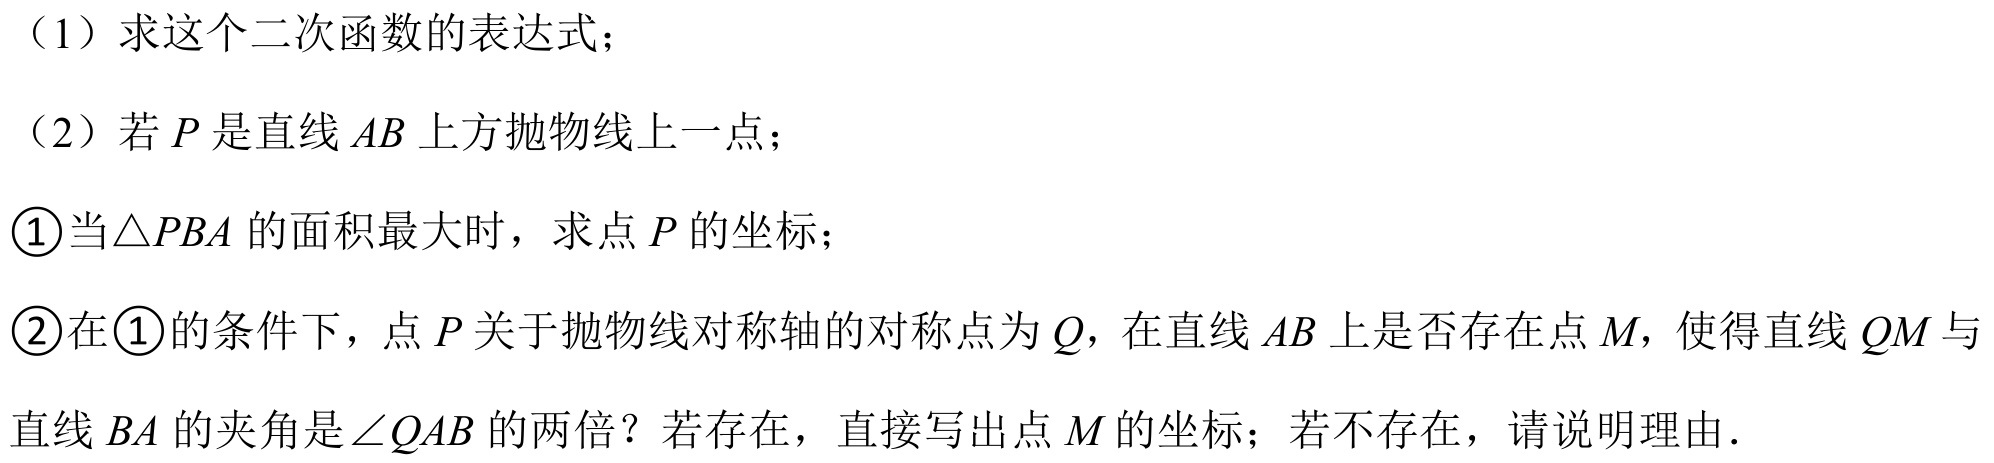
（1）求这个二次函数的表达式；
（2）若\(P\)是直线\(AB\)上方抛物线上一点；
\textcircled{1}当\(\triangle PBA\)的面积最大时，求点\(P\)的坐标；
\textcircled{2}在\textcircled{1}的条件下，点\(P\)关于抛物线对称轴的对称点为\(Q\)，在直线\(AB\)上是否存在点\(M\)，使得直线\(QM\)与直线\(BA\)的夹角是\(\angle QAB\)的两倍？若存在，直接写出点\(M\)的坐标；若不存在，请说明理由.